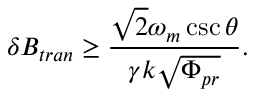
\delta B _ { t r a n } \geq \frac { \sqrt { 2 } \omega _ { m } \csc \theta } { \gamma k \sqrt { \Phi _ { p r } } } .